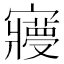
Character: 𡫺